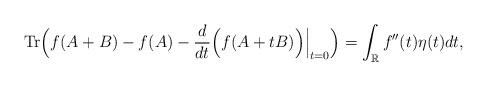
LaTeX: \begin{align*}{\rm Tr} \Big(f(A+B)-f(A)-\frac{d}{dt}\Big(f(A+tB)\Big)\Big|_{t=0}\Big)=\int_{\mathbb R} f''(t) \eta(t)dt,\end{align*}